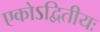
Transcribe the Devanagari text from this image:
एकोऽद्वितीयः